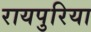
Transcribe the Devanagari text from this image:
रायपुरिया